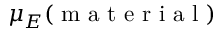
\mu _ { E } ( \mathrm { ~ m ~ a ~ t ~ e ~ r ~ i ~ a ~ l ~ } )